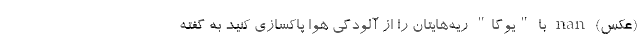
(عکس) nan با "یوگا" ریه‌هایتان را از آلودگی هوا پاکسازی کنید به گفته